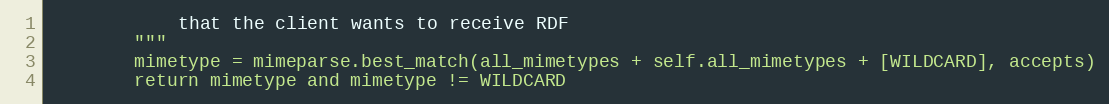
Language: Python
		    that the client wants to receive RDF
		"""
		mimetype = mimeparse.best_match(all_mimetypes + self.all_mimetypes + [WILDCARD], accepts)
		return mimetype and mimetype != WILDCARD